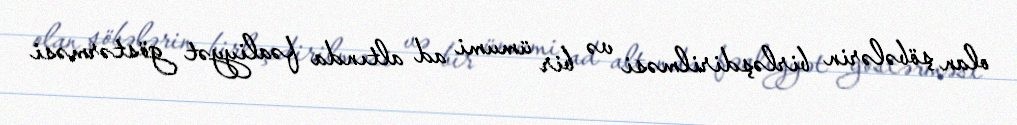
olan şöbələrin birləşdirilməsi və bir ümumi ad altında fəaliyyət göstərməsi